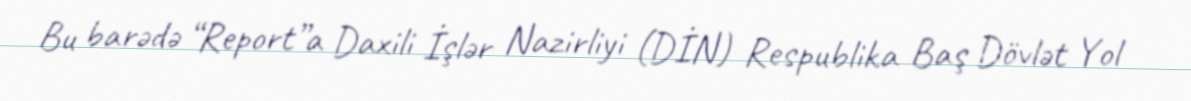
Bu barədə “Report”a Daxili İşlər Nazirliyi (DİN) Respublika Baş Dövlət Yol